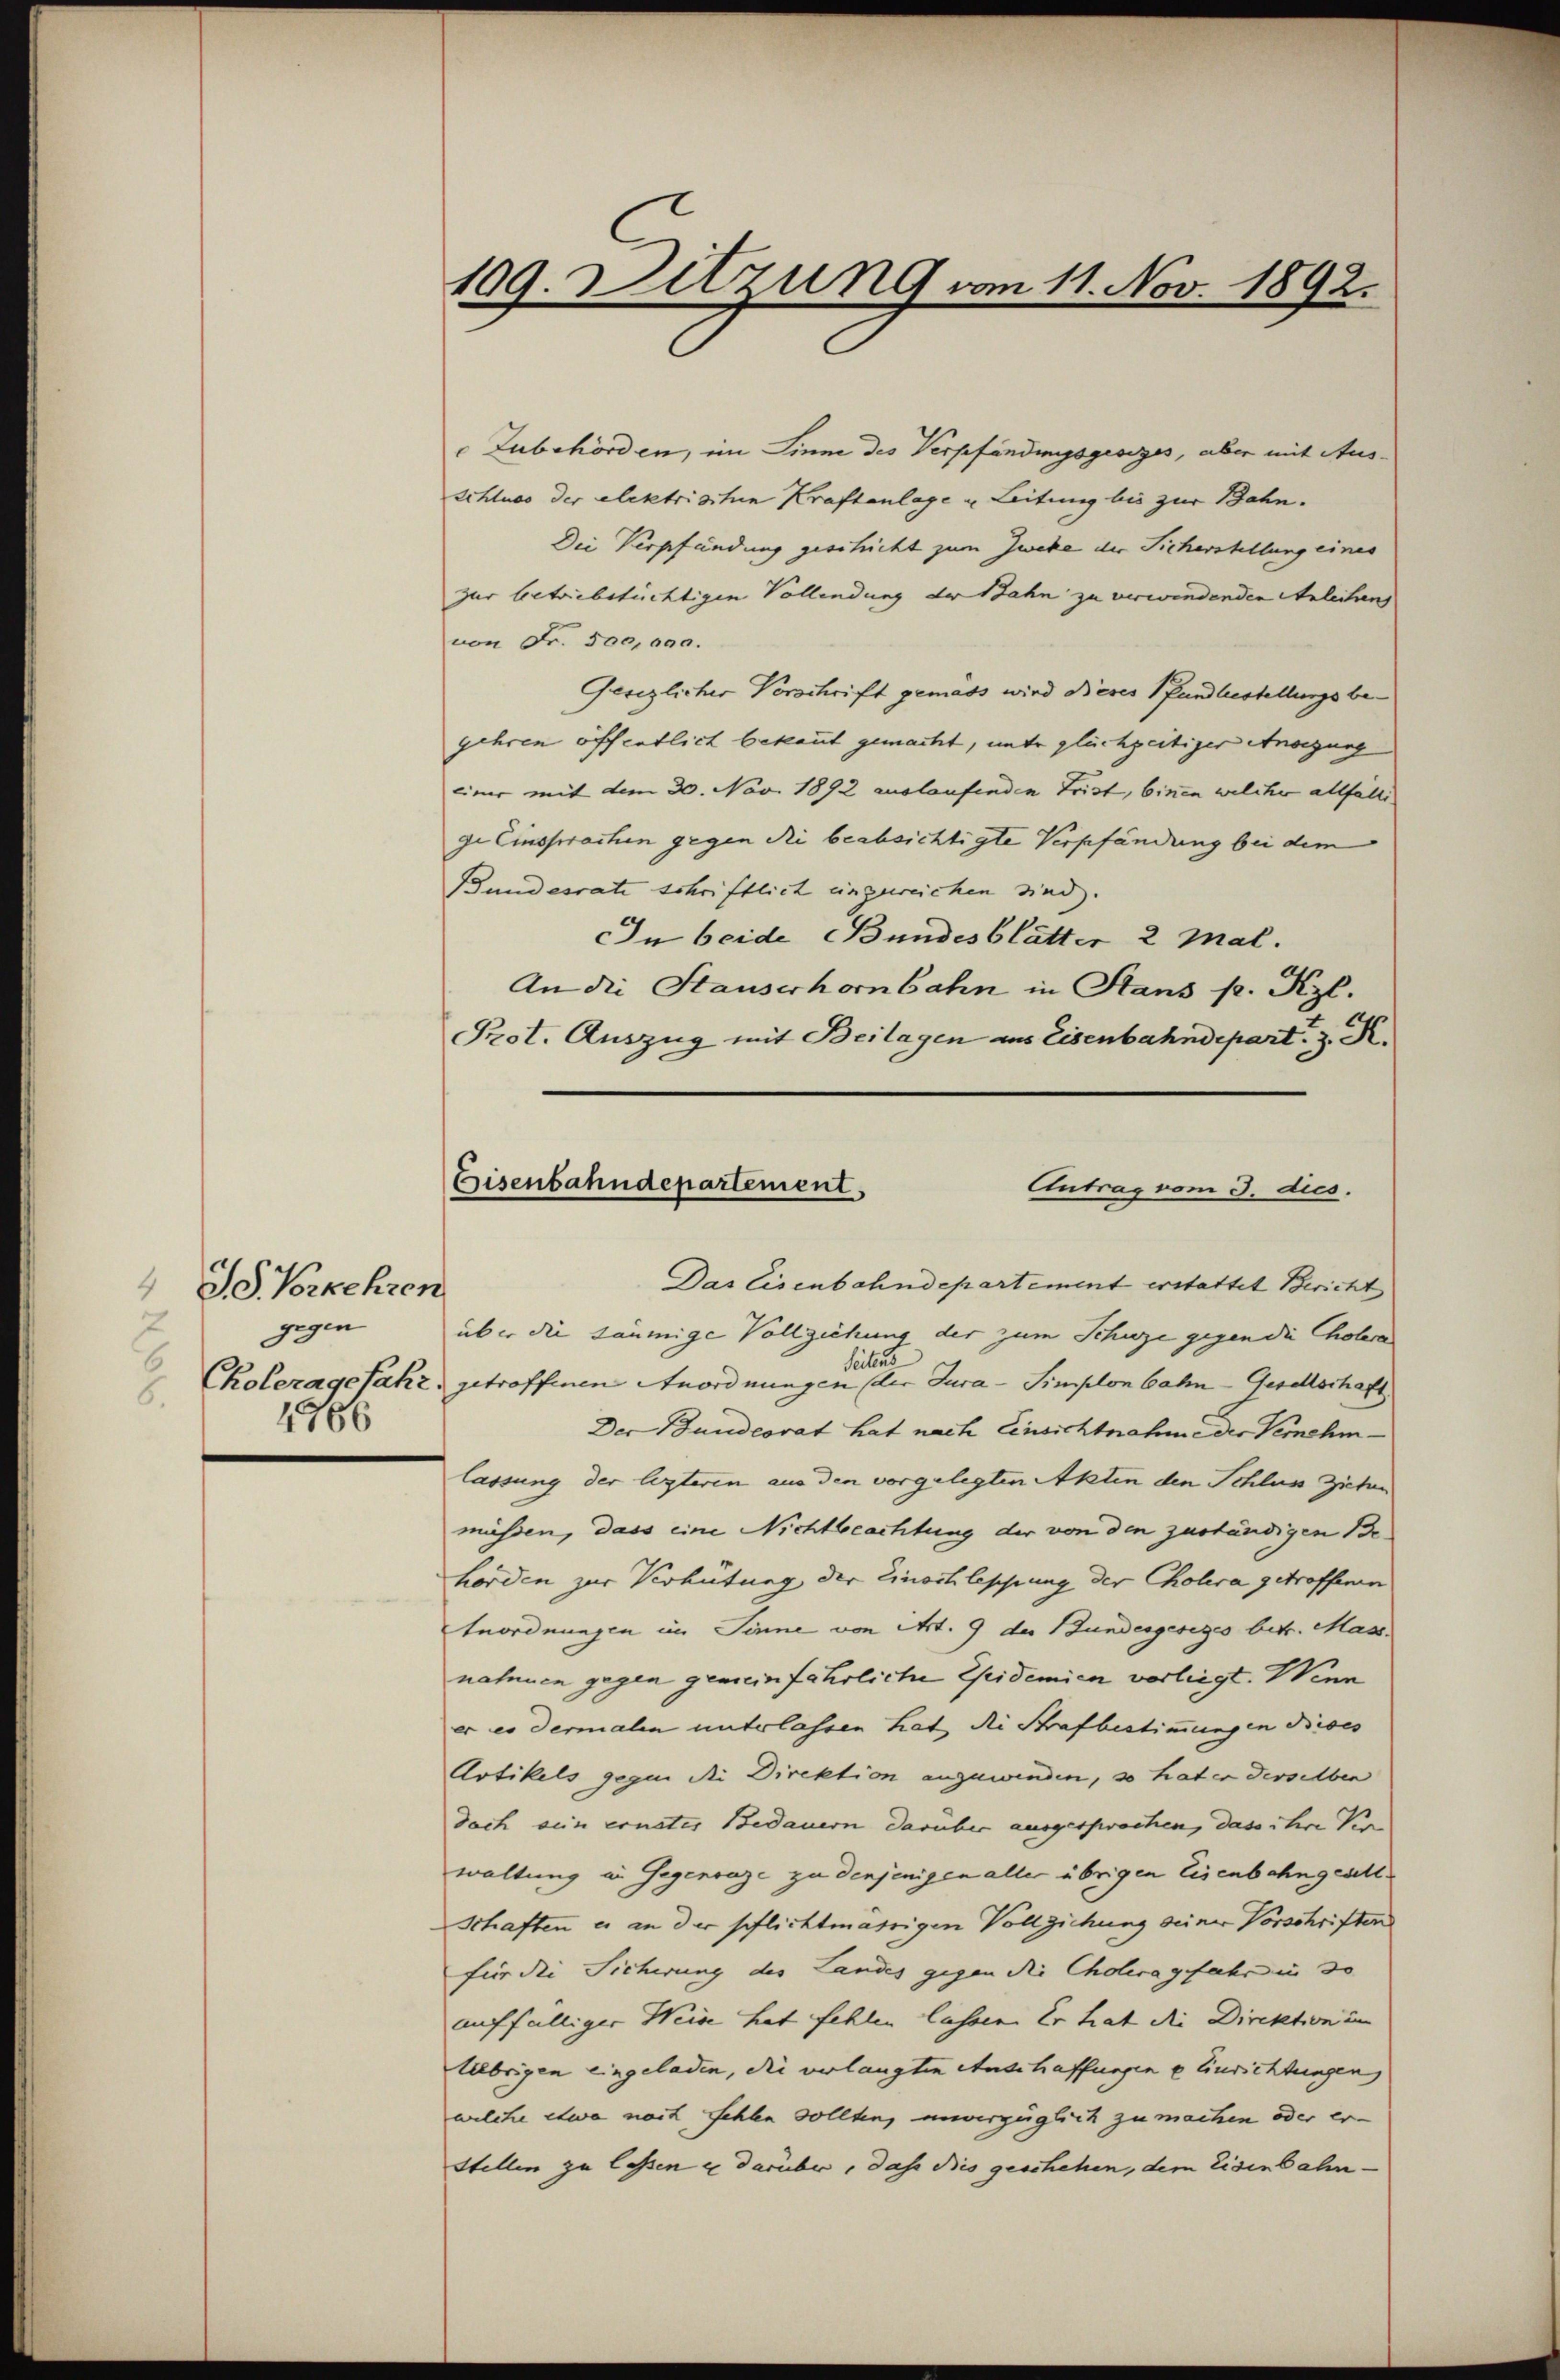
Id Vorkehren
7
gegen
6
766

Zubehörden, im Sinne des Verpfändungsgesezes, aber mit Ausschluss der elektrischen Kraftanlage u Leitung bis zur Bahn.
Die Verpfändung geschicht zum Zwecke der Sicherstellung eines
zur betriebstüchtigen Vollendung der Bahn zu verwindenden Anleihen
von Fr. 500,000.
Gesezlicher Vorschrift gemäß wird dieses Pfandbestellungsbegehren öffentlich bekannt gemacht, unter glüchzeitiger Anregung
einer mit dem 30. Nov. 1892 auslaufenden Frist, binen welcher allfälli
ge Einsprachen gegen die beabsichtigte Verpfändung bei dem
Bundesrate schriftlich eingereichen sind.
In beide Bundesblätter 2 Mal.
An die Stauserhornbahn in Stans pr. Kzl.
Prot. Auszug mit Beilagen aus Eisenbahndepart, z. K.
Das Eisenbahndepartement erstattet Bericht
über die säumige Vollziehung der zum Schuze gegen die Cholera
Choleragefahr, getroffenen Anordnungen der Jura-Simplon bahn- Gesellschaft
Der Bundesrat hat nach Einsichtnahme der Vernehmlassung der lezteren aus den vorgelegten Akten den Schluss guten
müssen, dass eine Nichtbeachtung der von den zuständigen Behorden zur Verhütung der Einschleppung der Cholera getroffenen
Anordnungen im Sinne von Art. 9 der Bundesgesezes betr. Mass
nahmen gegen gemein fährliche Epidemien verliegt. Wenn
er es dermalen unterlassen hat, die Strafbestimmungen dieses
Artikels gegen die Direktion anzuwenden, so hat er derselben
dach sein ernater Bedauern darüber ausgesprochen, dass ihre Ver
waltung in Gegenvaze zu denjenigen aller übrigen Eisenbahngesell¬
Schaften es an der pflichtmährigen Vollziehung seiner Vorschriften
für die Sicherung des Landes gegen die Choleragefahr in so
auffälliger Weise hat fehlen lassen. Er hat die Direktion in
Übrigen eingeladen, die verlangten Anschaffungen u Einrichtungen,
wilche etwa noch fehlen sollten, unverzüglich zu machen oder er-
Stellen zu lassen u darüber, dass dies geschehen, dem Eisenbahn-

109. Sitzung vom 11. Nov. 1892.

Eisenbahndepartement
Antrag vom 3. ds.